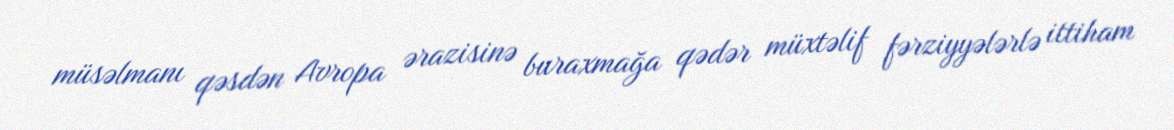
müsəlmanı qəsdən Avropa ərazisinə buraxmağa qədər müxtəlif fərziyyələrlə ittiham